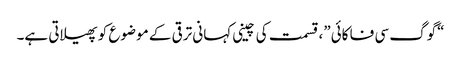
“گوگ سی فا کائی”، قسمت کی چینی کہانی ترقی کے موضوع کو پھیلاتی ہے۔